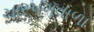
ચારપગવાળા